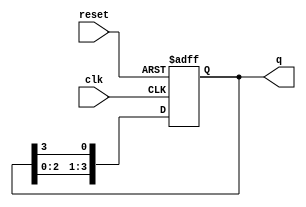
module synchronous_ring_counter #(
    parameter N = 4  // Number of bits (flip-flops) in the ring counter
)(
    input wire clk,       // Clock signal
    input wire reset,     // Asynchronous reset signal
    output reg [N-1:0] q // Output state of the counter
);

// Initial state: Only the first flip-flop is set to '1'
initial begin
    q = 1'b1; // Initialize the first flip-flop to '1'
end

// Always block for the ring counter operation
always @(posedge clk or posedge reset) begin
    if (reset) begin
        // Reset the counter to the initial state
        q <= 1'b1;
    end else begin
        // Shift the '1' to the next flip-flop in the ring
        q <= {q[N-2:0], q[N-1]}; // Circular shift
    end
end

endmodule